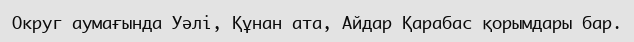
Округ аумағында Уәлі, Құнан ата, Айдар Қарабас қорымдары бар.